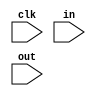
module laba1(
    input clk,
    input [4:0] in,
    input out
    );
    
   assign out = (~in[4] & (~in[3] | in[2])) & (~in[1] ^ ~in[0]);
endmodule